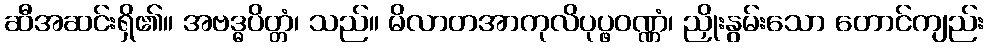
ဆီအဆင်းရှိ၏။ အဗဒ္ဓပိတ္တံ၊ သည်။ မိလာတအာကုလိပုပ္ဖဝဏ္ဏံ၊ ညှိုးနွမ်းသော တောင်ကျည်း